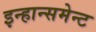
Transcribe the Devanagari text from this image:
इन्हान्समेन्ट